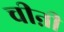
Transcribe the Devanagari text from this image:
चीऩी